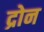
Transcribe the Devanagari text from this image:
द्रोन